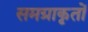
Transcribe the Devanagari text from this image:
समग्राकृतों